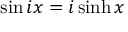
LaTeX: \sin i x = i \sinh x